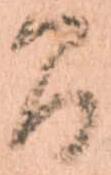
間